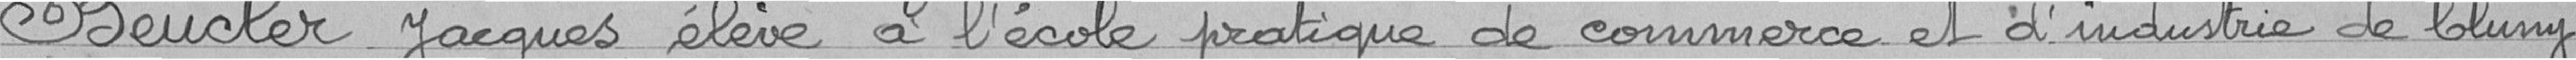
Jacques Beucler, élève à l'école pratique de commerce et d'industrie de Cluny